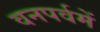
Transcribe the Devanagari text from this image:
वनपर्वमें